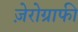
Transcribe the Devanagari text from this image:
ज़ेरोग्राफी